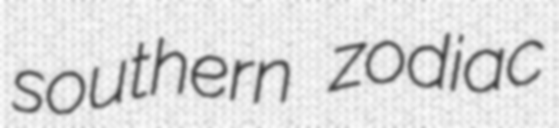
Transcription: southern zodiac